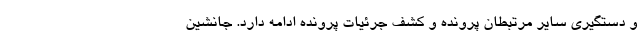
و دستگیری سایر مرتبطان پرونده و کشف جرئیات پرونده ادامه دارد. جانشین